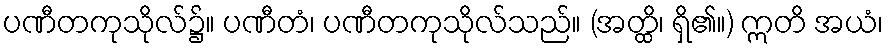
ပဏီတကုသိုလ်၌။ ပဏီတံ၊ ပဏီတကုသိုလ်သည်။ (အတ္ထိ၊ ရှိ၏။) ဣတိ အယံ၊